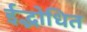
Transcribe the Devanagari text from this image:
ईद्भोधित